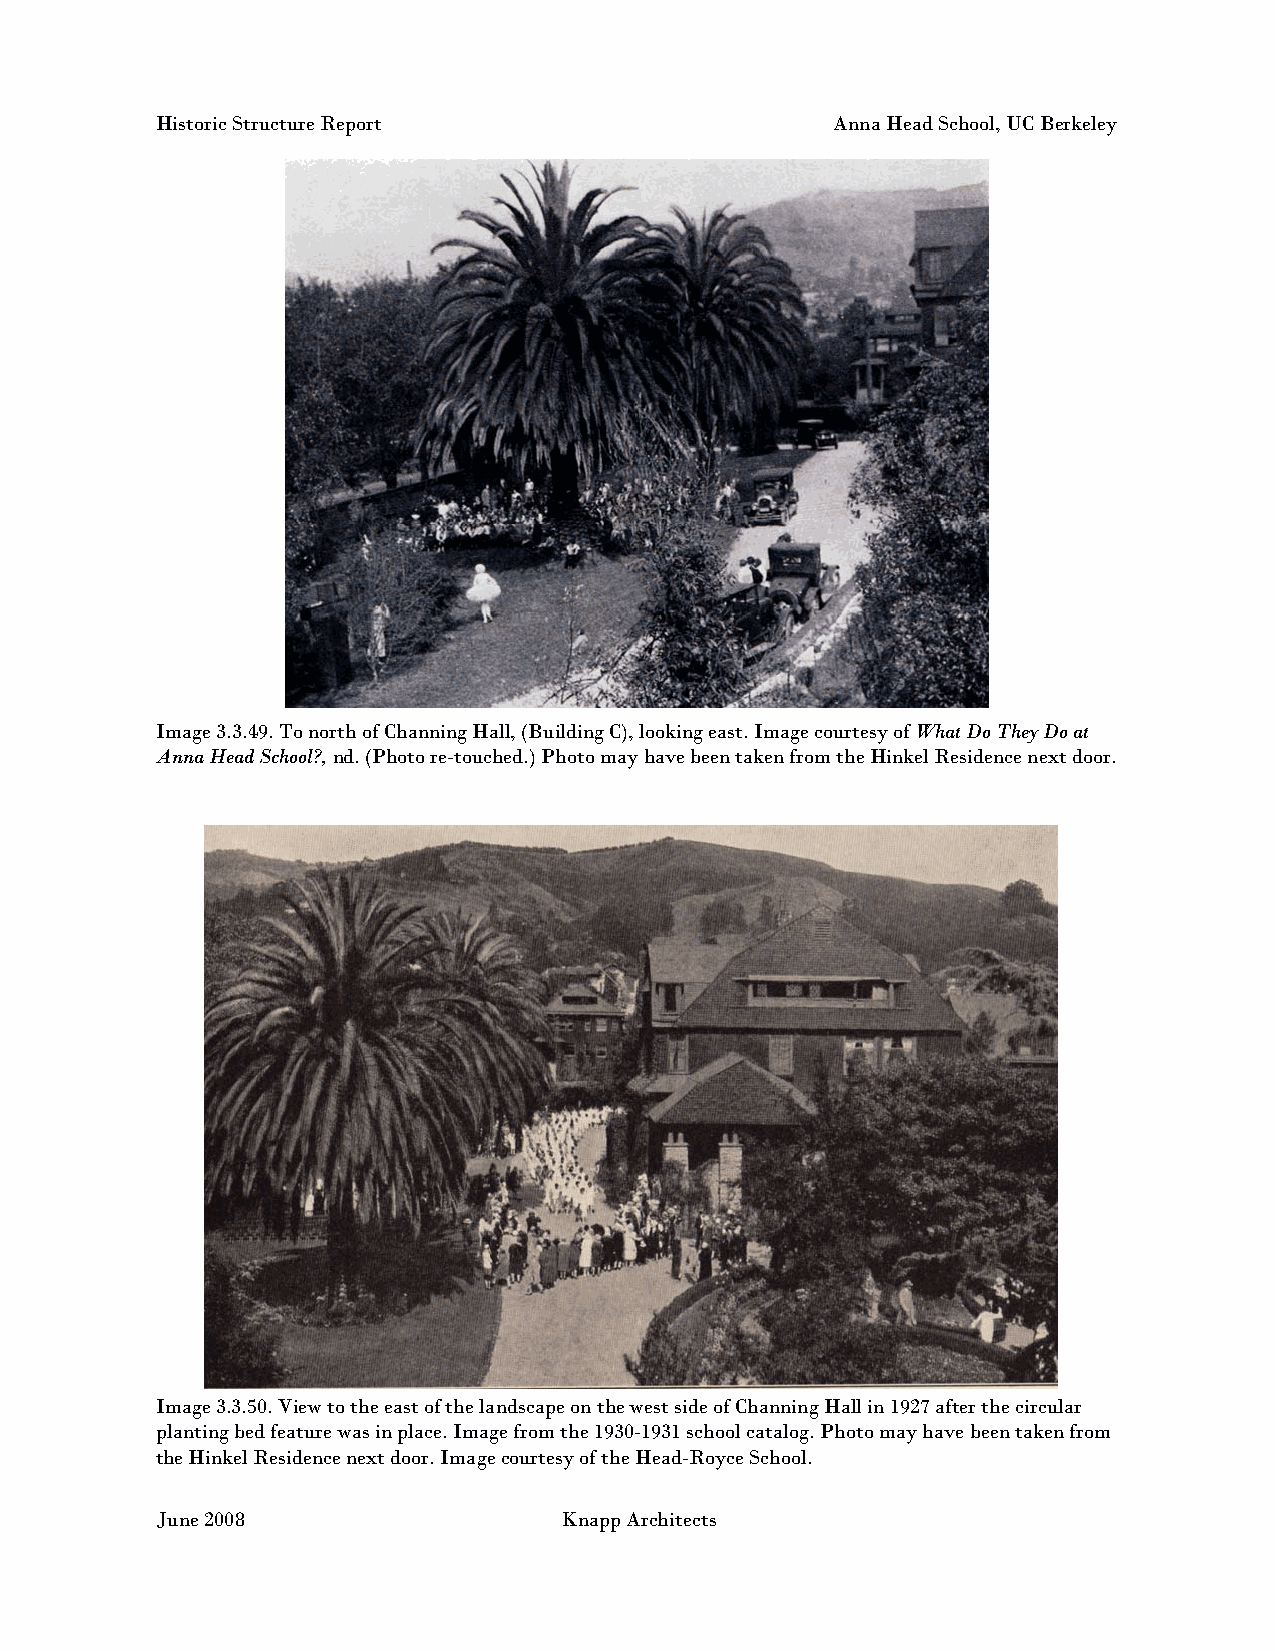
Historic Structure Report                    Anna Head School, UC Berkeley
 Image 3.3.49. To north of Channing Hall, (Building C), looking east. Image courtesy of What Do They Do at
 Anna Head School?, nd. (Photo re-touched.) Photo may have been taken from the Hinkel Residence next door.
 Image 3.3.50. View to the east of the landscape on the west side of Channing Hall in 1927 after the circular
 planting bed feature was in place. Image from the 1930-1931 school catalog. Photo may have been taken from
 the Hinkel Residence next door. Image courtesy of the Head-Royce School.
 June 2008                  Knapp Architects